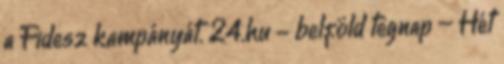
a Fidesz kampányát. 24.hu - belföld tegnap – Hét